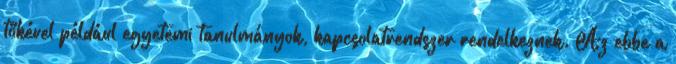
tőkével például egyetemi tanulmányok, kapcsolatrendszer rendelkeznek. Az ebbe a